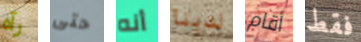
رآه حتى أنه لدينا أقام فقط